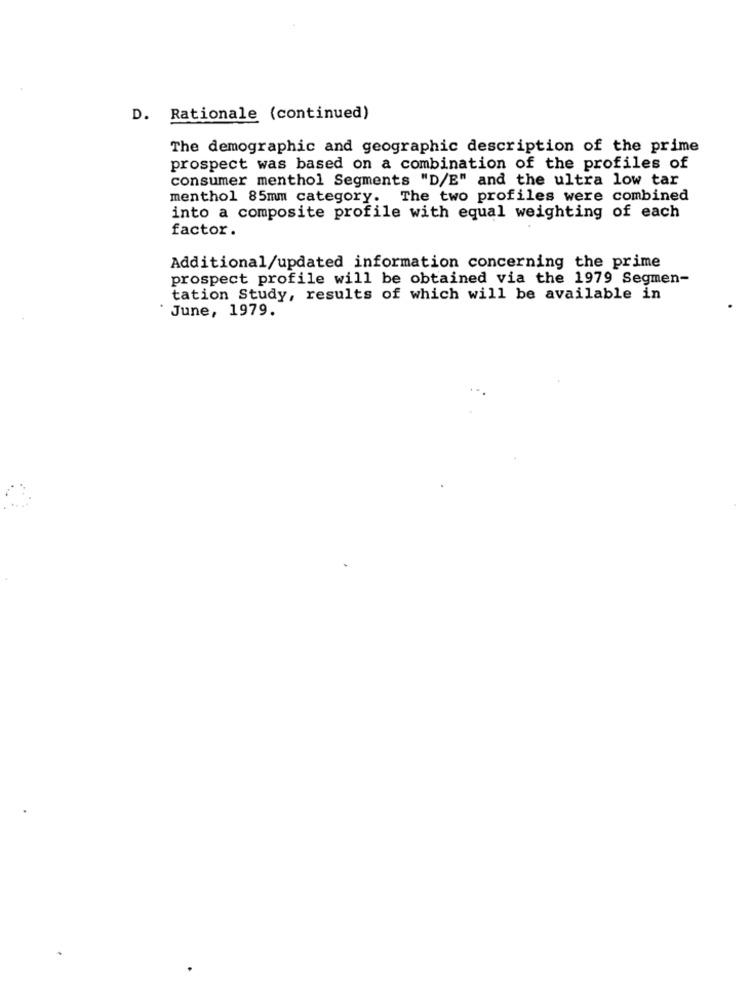
D. Rationale (continued)
The demographic and geographic description of the prime
prospect was based on a combination of the profiles of
consumer menthol Segments "D/E" and the ultra low tar
menthol 85mm category. The two profiles were combined
into a composite profile with equal weighting of each
factor.
Additional/updated information concerning the prime
prospect profile will be obtained via the 1979 Segmen-
tation Study, results of which will be available in
June, 1979.